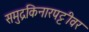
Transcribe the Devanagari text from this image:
समुद्रकिनारपट्टीवर